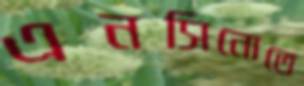
এনসিনোতে